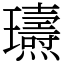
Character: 瓙